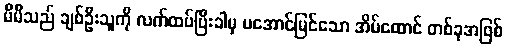
မိမိသည် ချစ်ဦးသူကို လက်ထပ်ပြီးခါမှ မအောင်မြင်သော အိမ်ထောင် တစ်ခုအဖြစ်